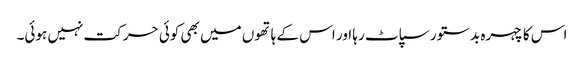
اس کا چہرہ بدستور سپاٹ رہا اور اس کے ہاتھوں میں بھی کوئی حرکت نہیں ہوئی۔